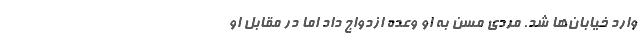
وارد خیابان‌ها شد. مردی مسن به او وعده ازدواج داد اما در مقابل او